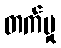
တက်မှု